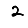
Digit: 2